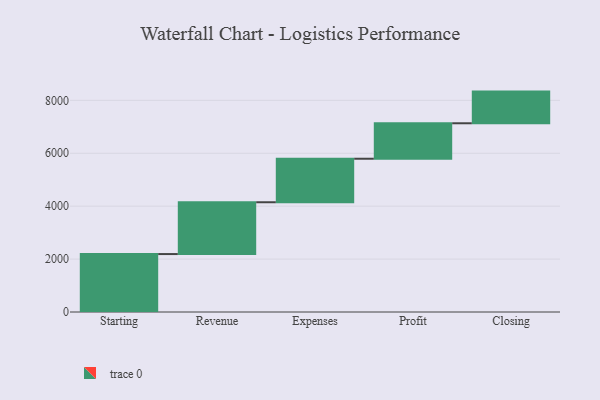
{"axis": {"x": "Step", "y": "Value"}, "legend": [""], "data": [{"x": "Starting", "y": 2190.0, "type": ""}, {"x": "Revenue", "y": 1958.0, "type": ""}, {"x": "Expenses", "y": 1645.0, "type": ""}, {"x": "Profit", "y": 1340.0, "type": ""}, {"x": "Closing", "y": 1197.0, "type": ""}]}